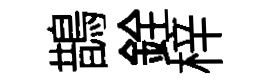
鵲銓梓